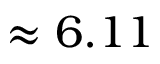
\approx 6 . 1 1